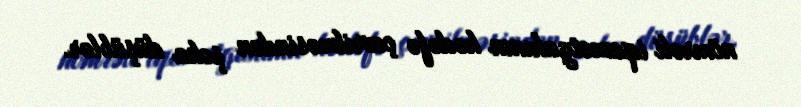
nömrəli iqamətgahının hədəfə çevrilməsindən şoka düşüblər.